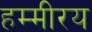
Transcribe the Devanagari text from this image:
हम्मीरय